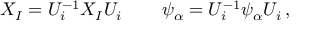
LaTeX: X _ { I } = U _ { i } ^ { - 1 } X _ { I } U _ { i } \, \qquad \psi _ { \alpha } = U _ { i } ^ { - 1 } \psi _ { \alpha } U _ { i } \, ,